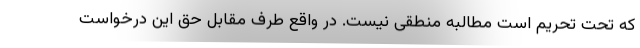
که تحت تحریم است مطالبه منطقی نیست. در واقع طرف مقابل حق این درخواست